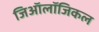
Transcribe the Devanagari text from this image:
जिऑलॉजिकल